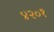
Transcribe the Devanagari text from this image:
४२०१